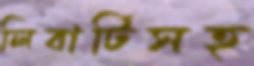
লিবার্টিসহ